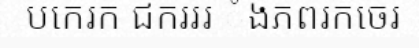
បកេរក ជករររ ំងភពរកចេរ